Annual statistical returns and brief notes on vaccination in Bengal - 1887-1898
Year: 1887
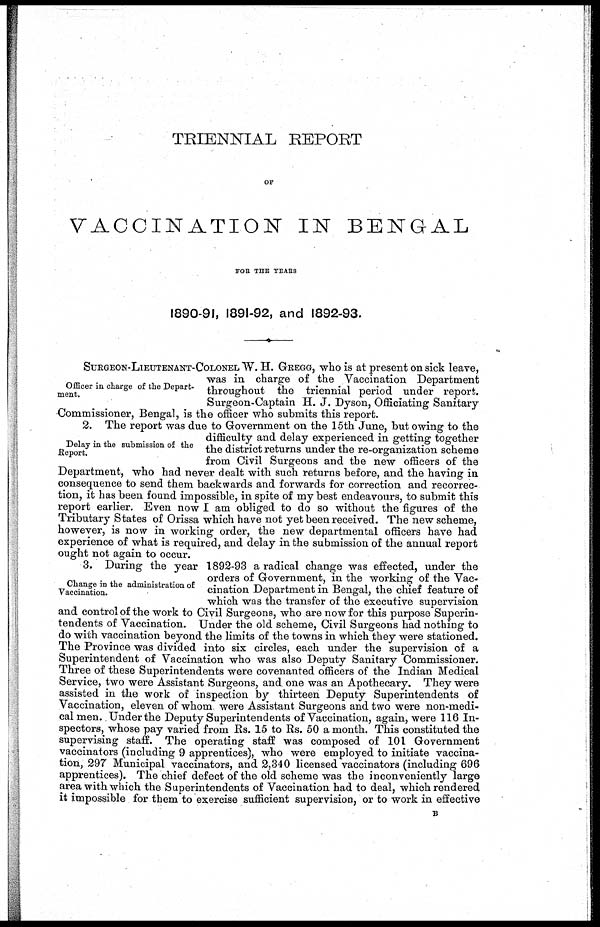
TRIENNIAL REPORT
OF
VACCINATION IN BENGAL
FOR THE YEARS
1890-91, 1891-92, and 1892-93.
Officer in charge of the Depart-
ment.
SURGEON-LIEUTENANT-COLONEL W. H. GREGG, who is at present on sick leave,
was in charge of the Vaccination Department
throughout the triennial period under report.
Surgeon-Captain H. J. Dyson, Officiating Sanitary-
Commissioner, Bengal, is the officer who submits this report.
Delay in the submission of the
Report.
2. The report was due to Government on the 15th June, but owing to the
difficulty and delay experienced in getting together
the district returns under the re-organization scheme
from Civil Surgeons and the new officers of the
Department, who had never dealt with such returns before, and the having in
consequence to send them backwards and forwards for correction and recorrec¬
tion, it has been found impossible, in spite of my best endeavours, to submit this
report earlier. Even now I am obliged to do so without the figures of the
Tributary States of Orissa which have not yet been received. The new scheme,
however, is now in working order, the new departmental officers have had
experience of what is required, and delay in the submission of the annual report
ought not again to occur.
Change in the administration of
Vaccination.
3. During the year 1892-93 a radical change was effected, under the
orders of Government, in the working of the Vac-
cination Department in Bengal, the chief feature of
which was the transfer of the executive supervision
and control of the work to Civil Surgeons, who are now for this purpose Superin-
tendents of Vaccination. Under the old scheme, Civil Surgeons had nothing to
do with vaccination beyond the limits of the towns in which they were stationed.
The Province was divided into six circles, each under the supervision of a
Superintendent of Vaccination who was also Deputy Sanitary Commissioner.
Three of these Superintendents were covenanted officers of the Indian Medical
Service, two were Assistant Surgeons, and one was an Apothecary. They were
assisted in the work of inspection by thirteen Deputy Superintendents of
Vaccination, eleven of whom were Assistant Surgeons and two were non-medi-
cal men. Under the Deputy Superintendents of Vaccination, again, were 116 In-
spectors, whose pay varied from Rs. 15 to Rs. 50 a month. This constituted the
supervising staff. The operating staff was composed of 101 Government
vaccinators (including 9 apprentices), who were employed to initiate vaccina-
tion, 297 Municipal vaccinators, and 2,340 licensed vaccinators (including 696
apprentices). The chief defect of the old scheme was the inconveniently large
area with which the Superintendents of Vaccination had to deal, which rendered
it impossible for them to exercise sufficient supervision, or to work in effective
B